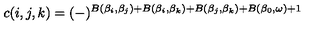
c ( i , j , k ) = ( - ) ^ { B ( \beta _ { i } , \beta _ { j } ) + B ( \beta _ { i } , \beta _ { k } ) + B ( \beta _ { j } , \beta _ { k } ) + B ( \beta _ { 0 } , \omega ) + 1 }